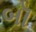
બૉ